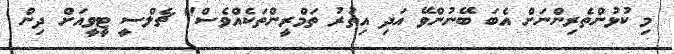
މި ކުޅުންތެރިންނަށް އެބަ ބޭނުންވޭ އަދި އިތުރު ތަމްރީންތަކެއްވެސް" ޗެލްސީ ޓީވީއަށް ދިން